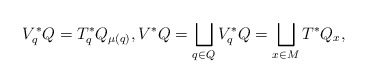
\begin{gather*} V ^\ast_q Q = T ^\ast _q Q _{ \mu (q) } , V ^\ast Q = \bigsqcup _{ q \in Q } V _q ^\ast Q = \bigsqcup _{ x \in M } T ^\ast Q _x , \end{gather*}